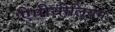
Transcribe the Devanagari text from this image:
ऐपीथीलियम